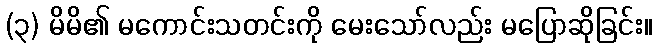
(၃) မိမိ၏ မကောင်းသတင်းကို မေးသော်လည်း မပြောဆိုခြင်း။